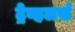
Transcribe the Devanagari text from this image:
ट्रेव्हलर्स